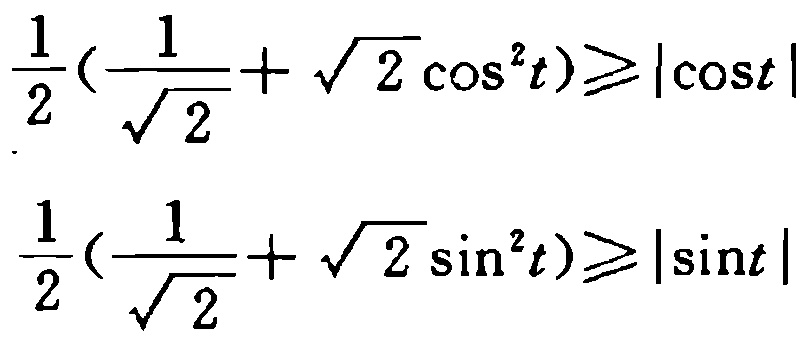
\[\frac{1}{2}(\frac{1}{\sqrt{2}} + \sqrt{2} \cos^{2}t)\geqslant|\cos t|\]
\[\frac{1}{2}(\frac{1}{\sqrt{2}} + \sqrt{2} \sin^{2}t)\geqslant|\sin t|\]